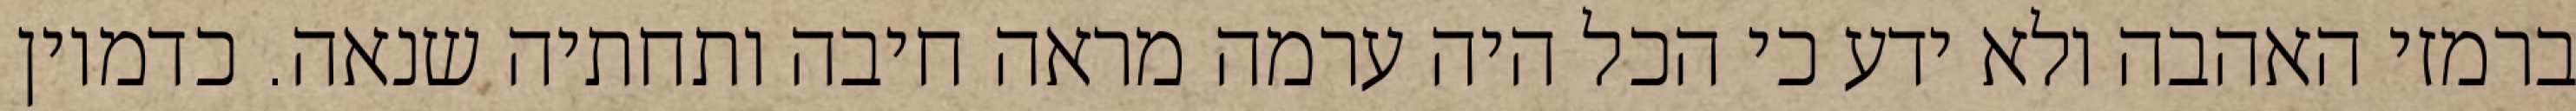
ברמזי האהבה ולא ידע כי הכל היה ערמה מראה חיבה ותחתיה שנאה. כדמיון